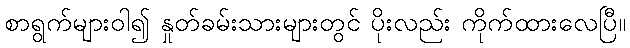
စာရွက်များဝါ၍ နှုတ်ခမ်းသားများတွင် ပိုးလည်း ကိုက်ထားလေပြီ။